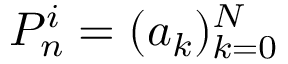
P _ { n } ^ { i } = ( a _ { k } ) _ { k = 0 } ^ { N }